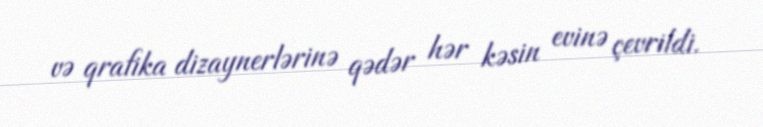
və qrafika dizaynerlərinə qədər hər kəsin evinə çevrildi.